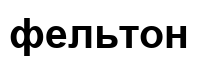
фельтон